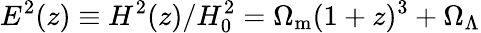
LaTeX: E^{2}(z)\equiv H^{2}(z)/H_{0}^{2}=\Omega_{\mathrm{m}}(1+z)^{3}+\Omega_{\Lambda}